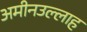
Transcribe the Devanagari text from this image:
अमीनउल्लाह